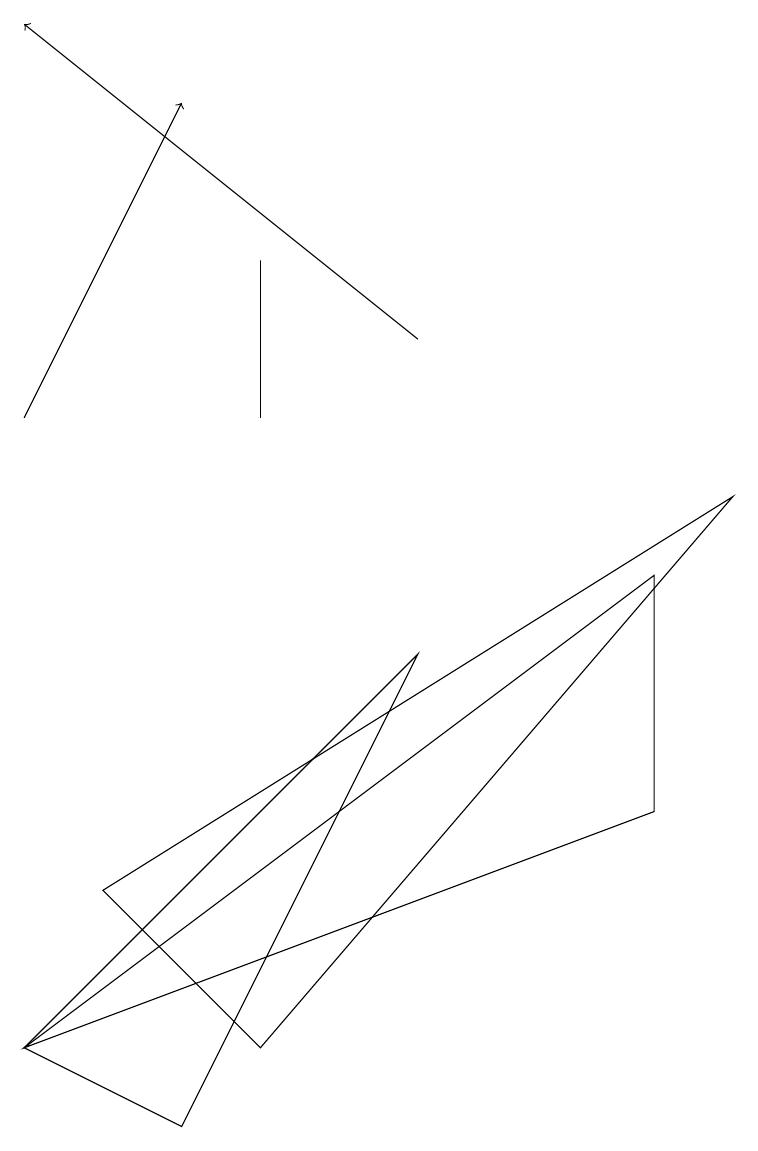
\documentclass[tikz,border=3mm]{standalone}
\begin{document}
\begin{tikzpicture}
\draw[->] (5,11) -- (0,15);
\draw (3,10) rectangle (3,12);
\draw (0,2) -- (8,5) -- (8,8) -- cycle;
\draw (9,9) -- (3,2) -- (1,4) -- cycle;
\draw[->] (0,10) -- (2,14);
\draw (2,1) -- (0,2) -- (5,7) -- cycle;
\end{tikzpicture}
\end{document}